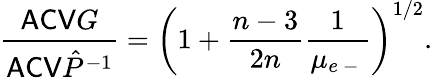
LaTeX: \frac{\mathsf{ACV}G}{\mathsf{ACV}\hat{P}^{-1}}=\left(1+\frac{n-3}{2n}\frac{1}{\mu_{e\mathrm{~-~}}}\right)^{1/2}.